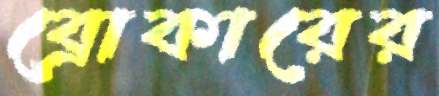
ব্রোকারের